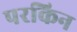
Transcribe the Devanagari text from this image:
परकिन